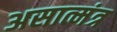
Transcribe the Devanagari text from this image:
असात्मंत्र